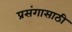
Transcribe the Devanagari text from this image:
प्रसंगासाठी